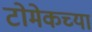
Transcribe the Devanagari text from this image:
टोमेकच्या